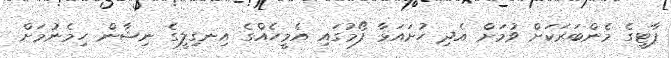
ޕާޓީގެ މެންބަރަކަށް ވުމަށް އެދި ހުށައަޅާ ފޯމުގައި އެމީހެއްގެ އިނގިލީގެ ނިޝާން ހިމެނުމަށް